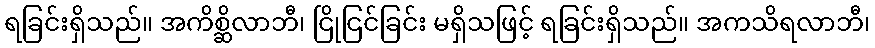
ရခြင်းရှိသည်။ အကိစ္ဆိလာဘီ၊ ငြိုငြင်ခြင်း မရှိသဖြင့် ရခြင်းရှိသည်။ အကသိရလာဘီ၊